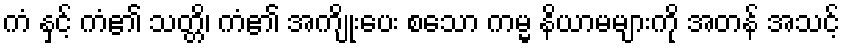
ကံ နှင့် ကံ၏ သတ္တိ၊ ကံ၏ အကျိုးပေး စသော ကမ္မ နိယာမများကို အတန် အသင့်